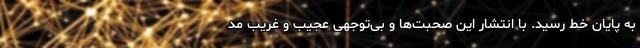
به پایان خط رسید. با انتشار این صحبت‌ها و بی‌توجهی عجیب و غریب مد